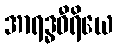
အာရဒ္ဓဝီရိယေ